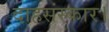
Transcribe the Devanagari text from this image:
दाहसंस्कार।